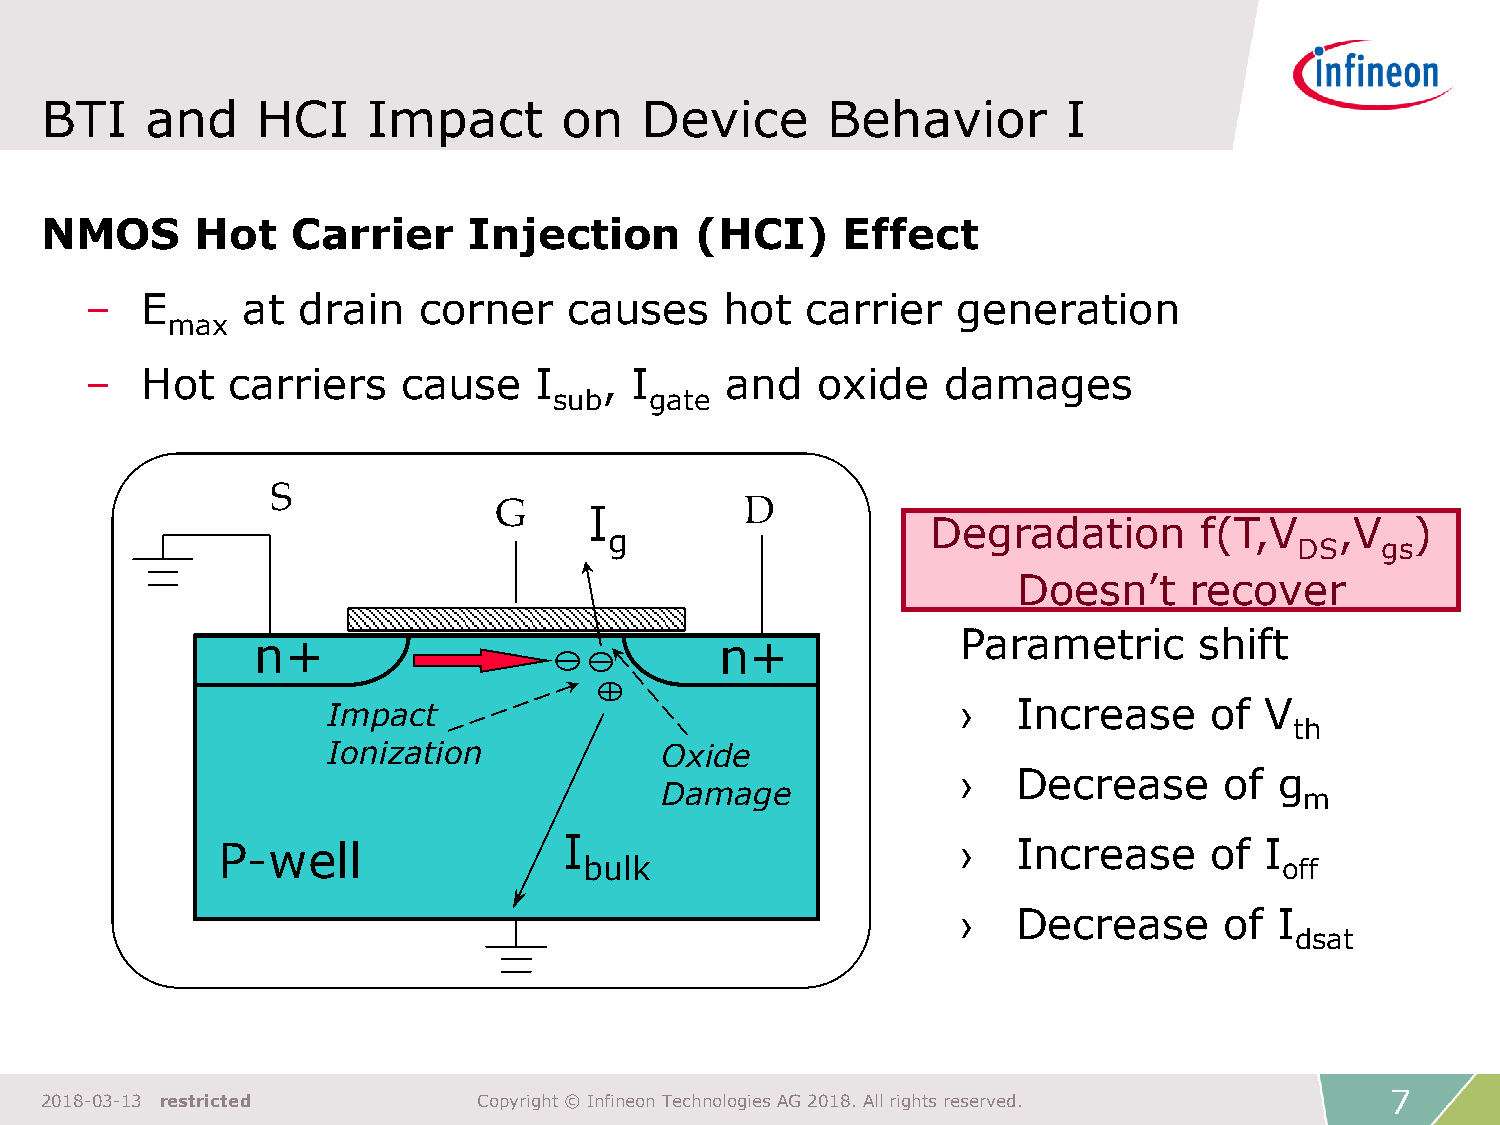
BTI    and    HCI    Impact       on   Device       Behavior        I
 NMOS      Hot   Carrier     Injection      (HCI)     Effect
 –  E      at  drain   corner    causes    hot  carrier   generation
 max
 –  Hot   carriers    cause   I    , I     and   oxide   damages
 sub   gate
 S
 G     I         D
 Degradation      f(T,V     ,V   )
 g
 DS   gs
 Doesn’t     recover
 Parametric     shift
 n+                             n+
 n+
 Impact                                    ›  Increase     of  V
 th
 Ionization            Oxide
 ›  Decrease      of  g
 Damage
 m
 P-well                 I                          ›  Increase     of  I
 bulk                                          off
 ›  Decrease      of  I
 dsat
 7
 2018-03-13 restricted        Copyright © Infineon Technologies AG 2018. All rights reserved.